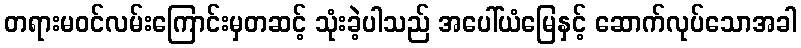
တရားမဝင်လမ်းကြောင်းမှတဆင့် သုံးခဲ့ပါသည် အပေါ်ယံမြေနှင့် ဆောက်လုပ်သောအခါ